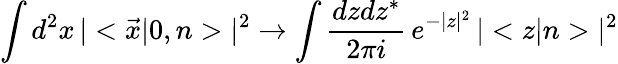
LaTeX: \int d^{2}x\, |<\vec{x}|0,n>|^{2}\to\int{\frac{dzdz^{*}}{2\pi i}}\, e^{-|z|^{2}}\, |<z|n>|^{2}